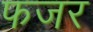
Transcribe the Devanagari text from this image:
फजर